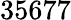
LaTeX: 35677